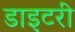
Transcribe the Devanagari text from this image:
डाइटरी